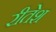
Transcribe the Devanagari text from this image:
रीतेश